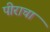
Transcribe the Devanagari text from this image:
पीराचा